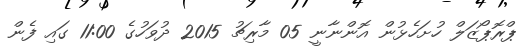
ޕްރޮޕޯޒަލް ހުށަހެޅުން އޮންނާނީ 05 މާރިޗު 2015 ދުވަހުގެ 11:00 ގައި ފެން